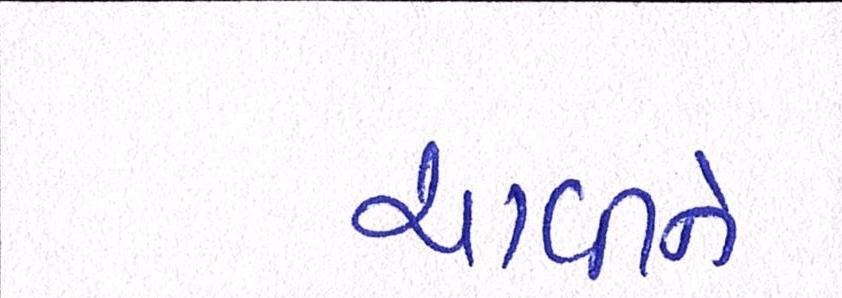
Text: ચાવીને